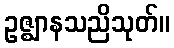
ဥဇ္ဈာနသညိသုတ်။